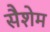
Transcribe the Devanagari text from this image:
सैशेम